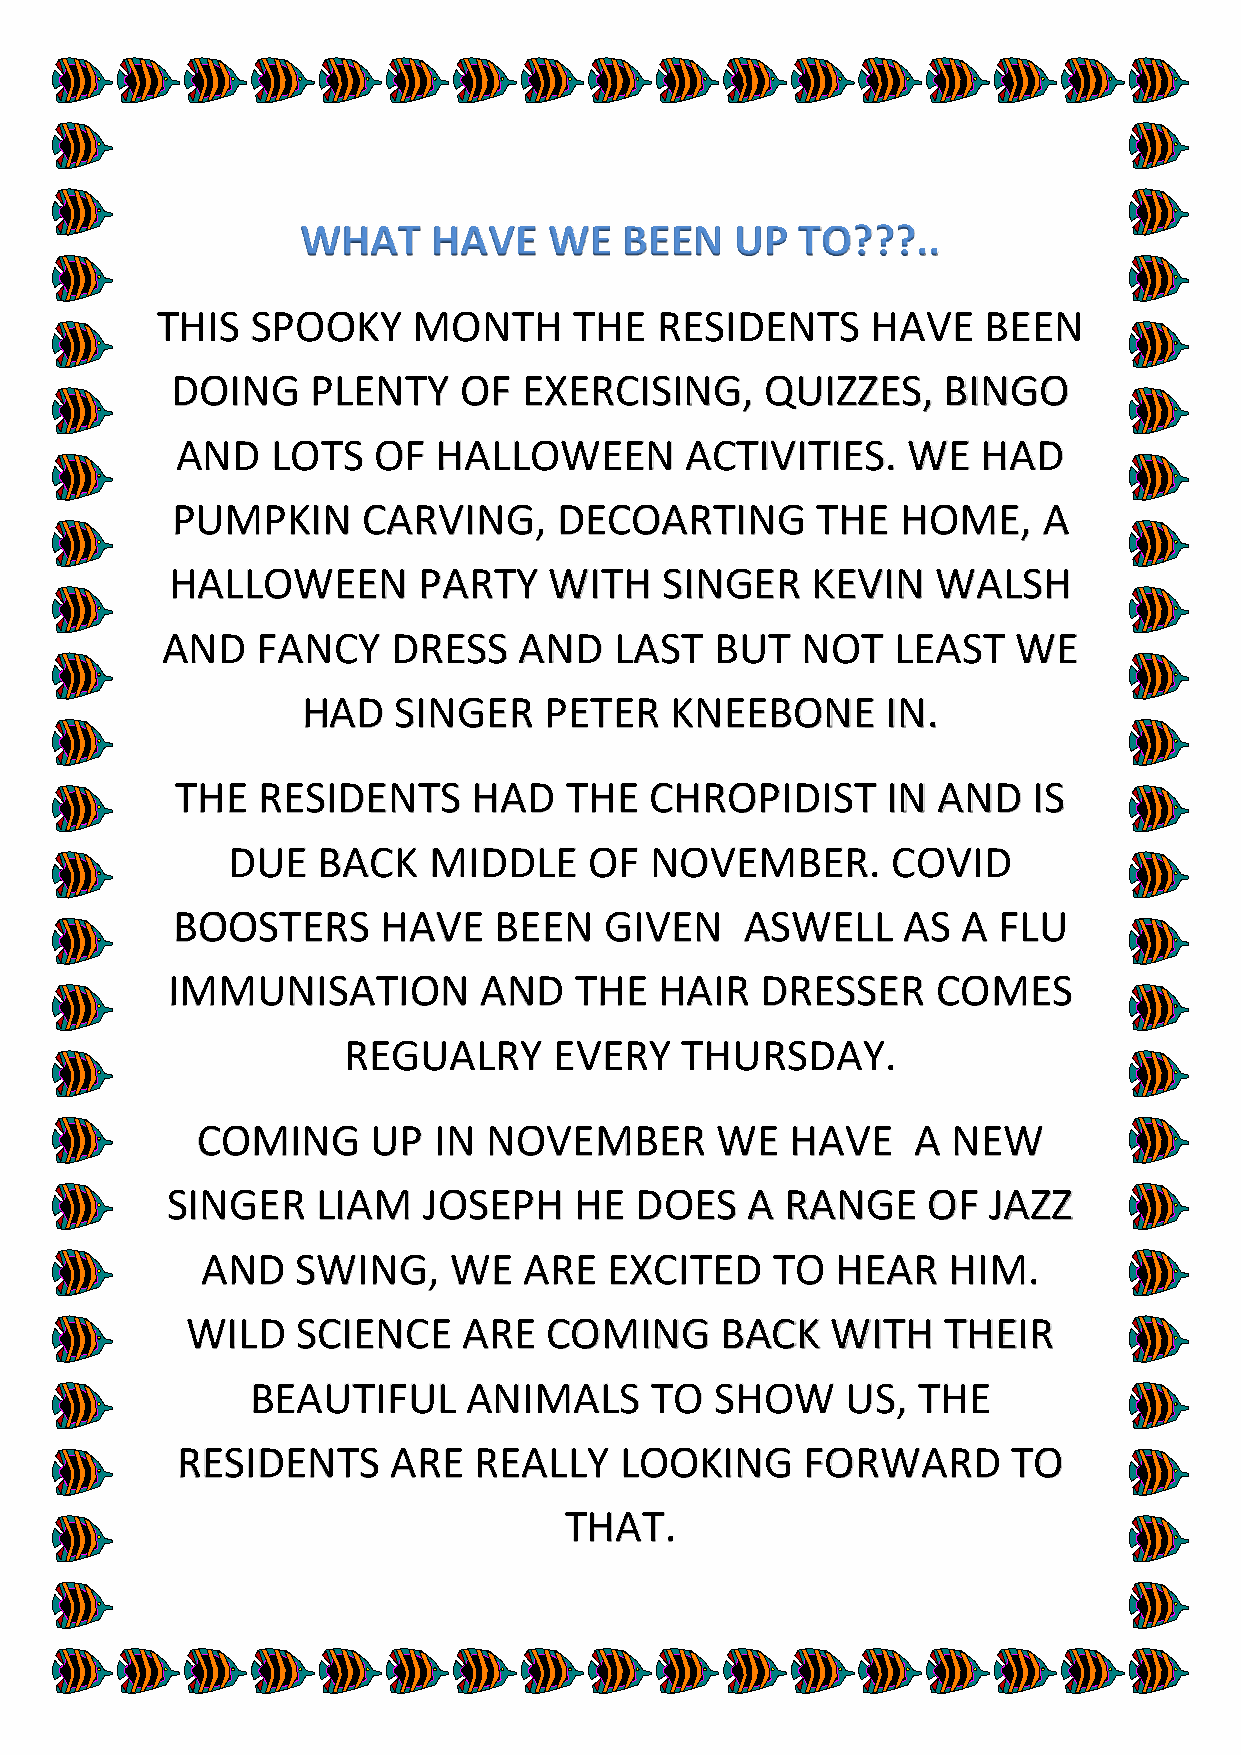
WHAT     HAVE   WE   BEEN    UP  TO???..
 THIS   SPOOKY    MONTH      THE  RESIDENTS      HAVE   BEEN
 DOING     PLENTY   OF   EXERCISING,     QUIZZES,   BINGO
 AND   LOTS   OF  HALLOWEEN       ACTIVITIES.    WE   HAD
 PUMPKIN      CARVING,     DECOARTING       THE   HOME,    A
 HALLOWEEN        PARTY   WITH    SINGER    KEVIN   WALSH
 AND   FANCY    DRESS   AND    LAST  BUT   NOT   LEAST   WE
 HAD   SINGER    PETER   KNEEBONE       IN.
 THE  RESIDENTS     HAD   THE   CHROPIDIST      IN AND   IS
 DUE   BACK   MIDDLE     OF  NOVEMBER.       COVID
 BOOSTERS      HAVE    BEEN   GIVEN    ASWELL     AS  A FLU
 IMMUNISATION         AND   THE   HAIR  DRESSER     COMES
 REGUALRY      EVERY   THURSDAY.
 COMING      UP  IN NOVEMBER       WE   HAVE    A  NEW
 SINGER    LIAM   JOSEPH    HE  DOES   A  RANGE    OF  JAZZ
 AND    SWING,    WE   ARE  EXCITED    TO  HEAR    HIM.
 WILD    SCIENCE    ARE  COMING      BACK   WITH   THEIR
 BEAUTIFUL     ANIMALS     TO  SHOW     US,  THE
 RESIDENTS     ARE  REALLY    LOOKING     FORWARD       TO
 THAT.